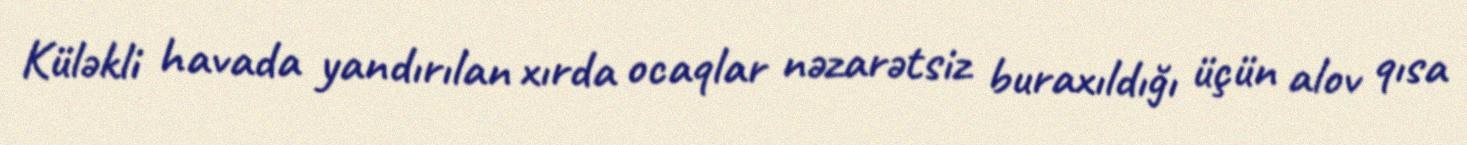
Küləkli havada yandırılan xırda ocaqlar nəzarətsiz buraxıldığı üçün alov qısa